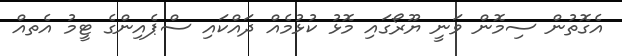
އެގޮތުން ސިމޮން ވަނީ ޔޫރޯގައި މޮޅު ކުޅުމެއް ދައްކައި ސްޕެއިންގެ ޓީމު އެތއް